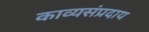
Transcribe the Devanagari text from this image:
काव्यसंप्रदाय